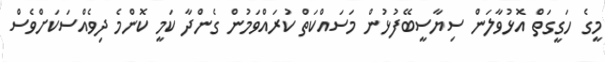
މީގެ ހަގީގަތް އޮޅުވާލަން ސިޔާސީބޭފުޅުން މަސައްކަތް ކުރައްވަމުން ގެންދާ ކަމީ ކޮންމެ ދިވެއްސަކަށްވެސް